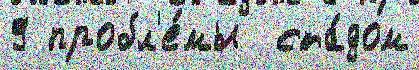
9 пробл'е́мы  ста́дом